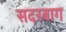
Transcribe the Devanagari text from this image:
सदरबाग